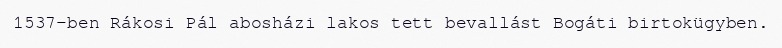
1537-ben Rákosi Pál abosházi lakos tett bevallást Bogáti birtokügyben.